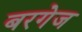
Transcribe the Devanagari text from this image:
बरगेज